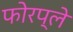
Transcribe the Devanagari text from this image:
फोरप्ले